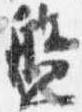
盤